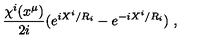
\frac { \chi ^ { i } ( x ^ { \mu } ) } { 2 i } ( e ^ { i X ^ { i } / R _ { i } } - e ^ { - i X ^ { i } / R _ { i } } ) \ ,